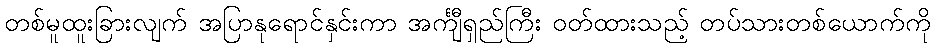
တစ်မူထူးခြားလျက် အပြာနုရောင်နှင်းကာ အင်္ကျီရှည်ကြီး ဝတ်ထားသည့် တပ်သားတစ်ယောက်ကို